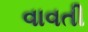
વાવતી